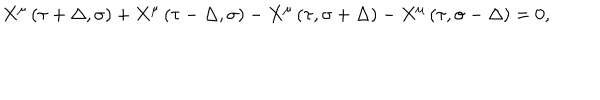
LaTeX: X ^ { \mu } \left( \tau + \Delta , \sigma \right) + X ^ { \mu } \left( \tau - \Delta , \sigma \right) - X ^ { \mu } \left( \tau , \sigma + \Delta \right) - X ^ { \mu } \left( \tau , \sigma - \Delta \right) = 0 ,